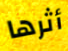
أثرها